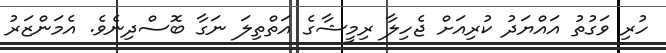
ހުރި ވަގުތު އައްޔަދު ކުރިއަށް ޖެހިލާ ރިމީޝާގެ އަތްތިލަ ނަގާ ބޮސްދިނެވެ. އެމަންޒަރު